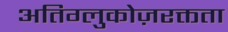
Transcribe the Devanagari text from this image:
अतिग्लुकोज़रक्तता